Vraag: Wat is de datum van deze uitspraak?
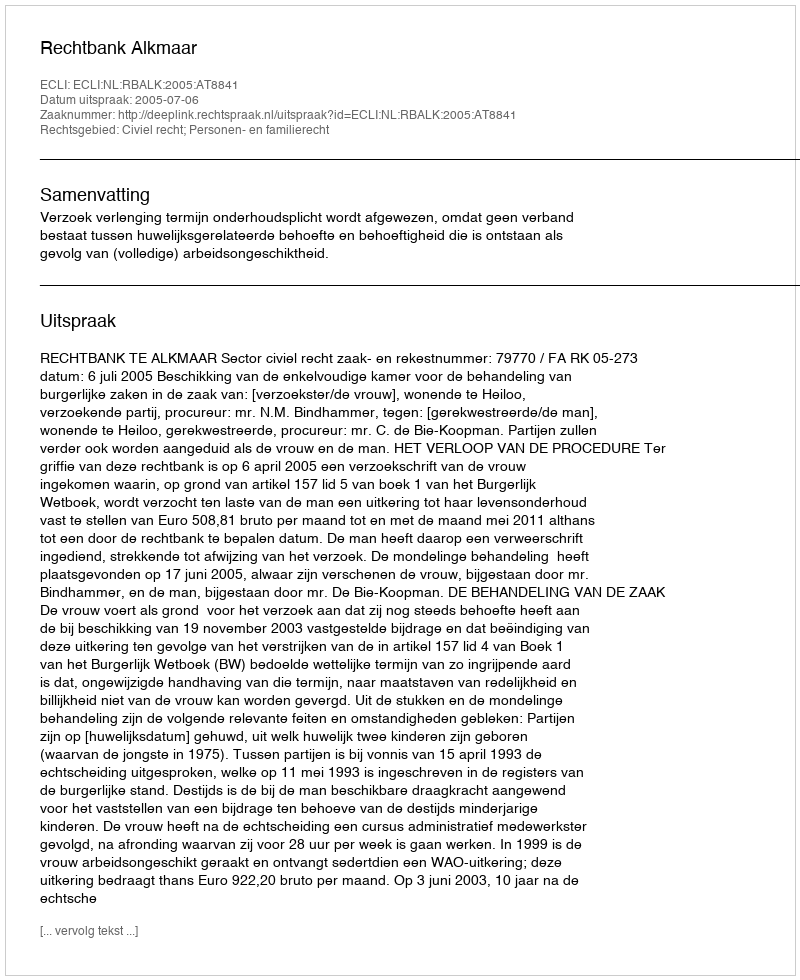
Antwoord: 2005-07-06